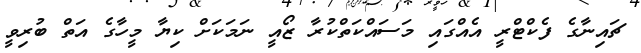
ޗައިނާގެ ފެކްޓްރީ އެއްގައި މަސައްކަތްކުރާ ޒޯއީ ނަމަކަށް ކިޔާ މީހާގެ އަތް ބުރިވީ